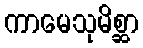
ကာမေသုမိစ္ဆာ